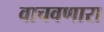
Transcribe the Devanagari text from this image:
वाचवणारा